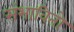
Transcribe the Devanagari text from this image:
संभावितो